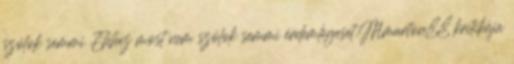
szólok semmi Ehhez most nem szólok semmi érdemlegeset.Mmarton88 kritikája